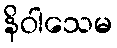
နိဝါသေမ